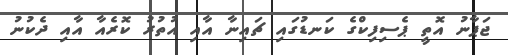
ޖަޕާނު އޮތީ ޕެސިފިކްގެ ކަނޑުގައި ޗައިނާ އާއި އުތުރު ކޮރެއާ އާއި ދެކުނު